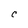
Character: C